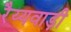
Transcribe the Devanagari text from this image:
रैय्यवाड़ी